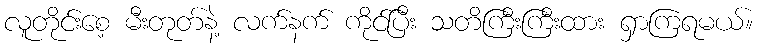
လူတိုင်းစေ့ မီးတုတ်နဲ့ လက်နက် ကိုင်ပြီး သတိကြီးကြီးထား ရှာကြရမယ်။